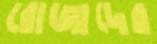
রোজাদের